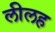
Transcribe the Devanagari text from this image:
लीलह